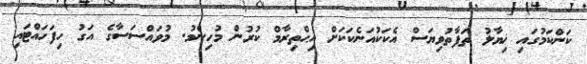
ކަންކަމުގައި ޚިޔާލު ތަފާތުވިޔަސް އެކަކުއަނެކަކަށް އިޙްތިރާމް ކުރުން މުހިންމު. މުވައްސަސާގެ އަގު ހިފަހައްޓައި